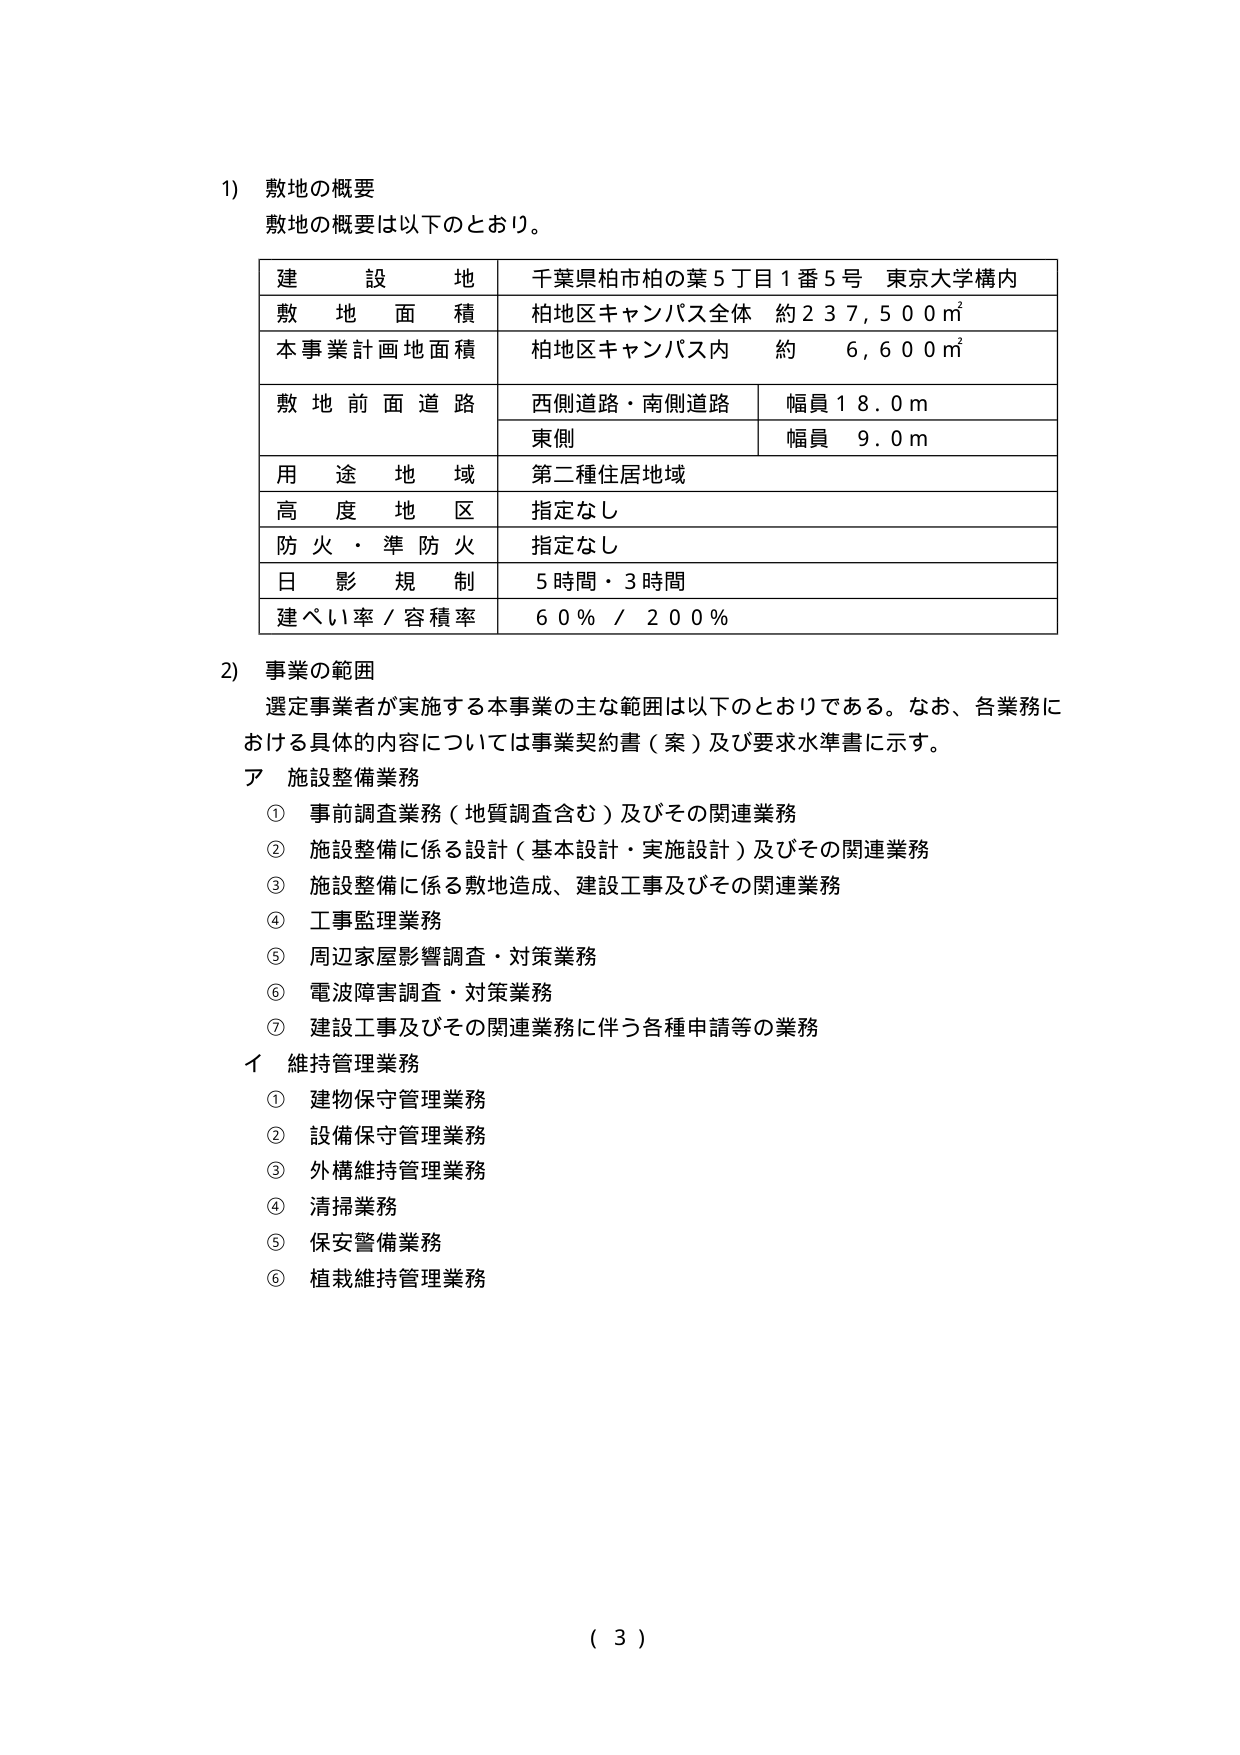
1) 敷地の概要
敷地の概要は以下のとおり。

| 建設地 | 千葉県柏市柏の葉5丁目1番5号 東京大学構内 |
|--------|------------------------------------------|
| 敷地面積 | 柏地区キャンパス全体 約237,500㎡ |
| 本事業計画地面積 | 柏地区キャンパス内 約 6,600㎡ |
| 敷地前面道路 | 西側道路・南側道路 | 幅員18.0m |
| | 東側 | 幅員 9.0m |
| 用途地域 | 第二種住居地域 |
| 高度地区 | 指定なし |
| 防火・準防火 | 指定なし |
| 日影規制 | 5時間・3時間 |
| 建ぺい率／容積率 | 60％／200％ |

2) 事業の範囲
選定事業者が実施する本事業の主な範囲は以下のとおりである。なお、各業務における具体的な内容については事業契約書（案）及び要求水準書に示す。

ア 施設整備業務
① 事前調査業務（地質調査含む）及びその関連業務
② 施設整備に係る設計（基本設計・実施設計）及びその関連業務
③ 施設整備に係る敷地造成、建設工事及びその関連業務
④ 工事監理業務
⑤ 周辺家屋影響調査・対策業務
⑥ 電波障害調査・対策業務
⑦ 建設工事及びその関連業務に伴う各種申請等の業務

イ 維持管理業務
① 建物保守管理業務
② 設備保守管理業務
③ 外構維持管理業務
④ 清掃業務
⑤ 保安警備業務
⑥ 植栽維持管理業務

（ 3 ）